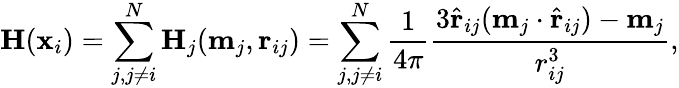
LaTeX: \begin{array}{r}{\textbf{H}(\textbf{x}_{i})=\displaystyle\sum_{j,j\neq i}^{N}\textbf{H}_{j}(\textbf{m}_{j},\textbf{r}_{ij})=\displaystyle\sum_{j,j\neq i}^{N}\frac{1}{4\pi}\frac{3\hat{\textbf{r}}_{ij}(\textbf{m}_{j}\cdot\hat{\textbf{r}}_{ij})-\textbf{m}_{j}}{r_{ij}^{3}},}\end{array}